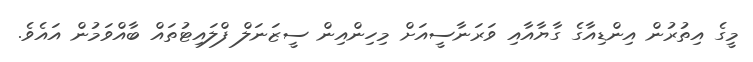
މީގެ އިތުރުން އިންޑިއާގެ ގާޔާއާއި ވަރަނާސީއަށް މިހިންއިން ސީޒަނަލް ފްލައިޓުތައް ބާއްވަމުން އައެވެ.